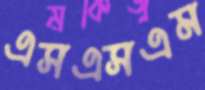
এসএসএম